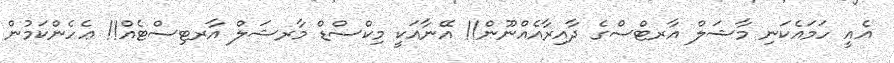
އެއީ ހަމައެކަނި މާޝަލް އާރޓްސްގެ ދާއިރާއެއްނޫން!! އޭނާއަކީ މިކްސްޑް މާރޝަލް އާރޓިސްޓެއް!! ޢެހެންކަމުން